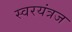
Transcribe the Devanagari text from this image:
स्वरयंत्रज